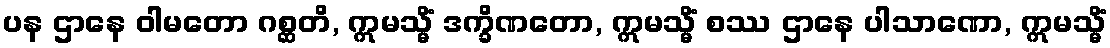
ပန ဌာနေ ဝါမတော ဂစ္ဆတိ, ဣမသ္မိံ ဒက္ခိဏတော, ဣမသ္မိံ စဿ ဌာနေ ပါသာဏော, ဣမသ္မိံ